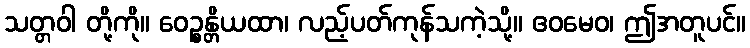
သတ္တဝါ တို့ကို။ ဝေဉ္စန္တိယထာ၊ လည့်ပတ်ကုန်သကဲ့သို့။ ဧဝမေဝ၊ ဤအတူပင်။